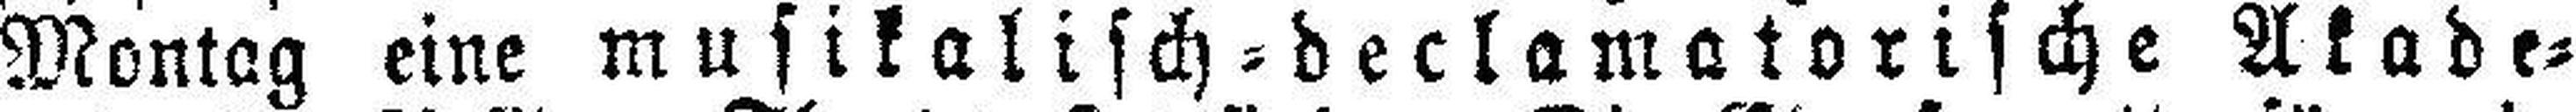
Montag eine musikalisch=declamotorische Akade¬